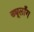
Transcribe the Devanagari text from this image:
ड्यूलाँग